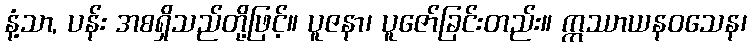
နံ့သာ, ပန်း အစရှိသည်တို့ဖြင့်။ ပူဇနာ၊ ပူဇော်ခြင်းတည်း။ ဣဿာယနဝသေန၊